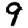
Digit: 9